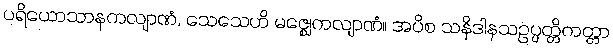
ပရိယောသာနကလျာဏံ, သေသေဟိ မဇ္ဈေကလျာဏံ။ အပိစ သနိဒါနသဥပ္ပတ္တိကတ္တာ